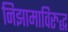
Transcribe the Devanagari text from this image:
निझामाविरुद्ध